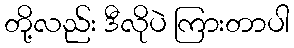
တို့လည်း ဒီလိုပဲ ကြားတာပါ